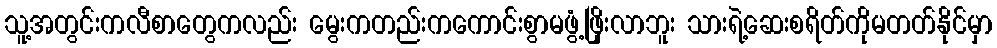
သူ့အတွင်းကလီစာတွေကလည်း မွေးကတည်းကကောင်းစွာမဖွံ့ဖြိုးလာဘူး သားရဲ့ဆေးစရိတ်ကိုမတတ်နိုင်မှာ